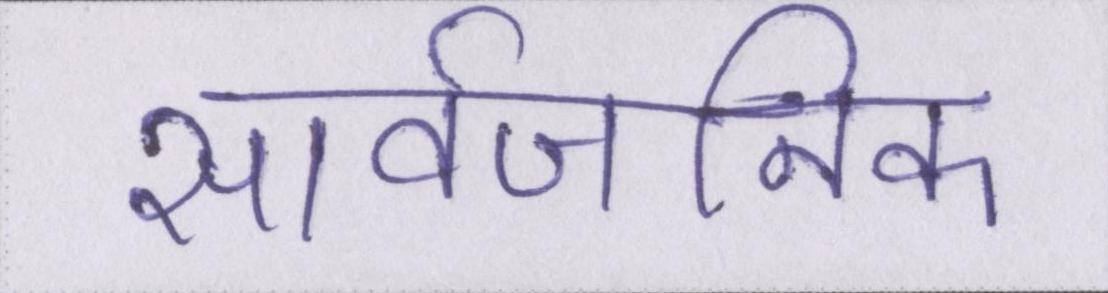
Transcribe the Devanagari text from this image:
सार्वजनिक